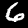
Label: 6